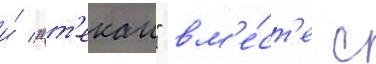
и́ "т'екаи" вм'е́ст'е с